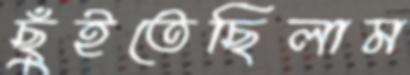
ছুঁইতেছিলাম